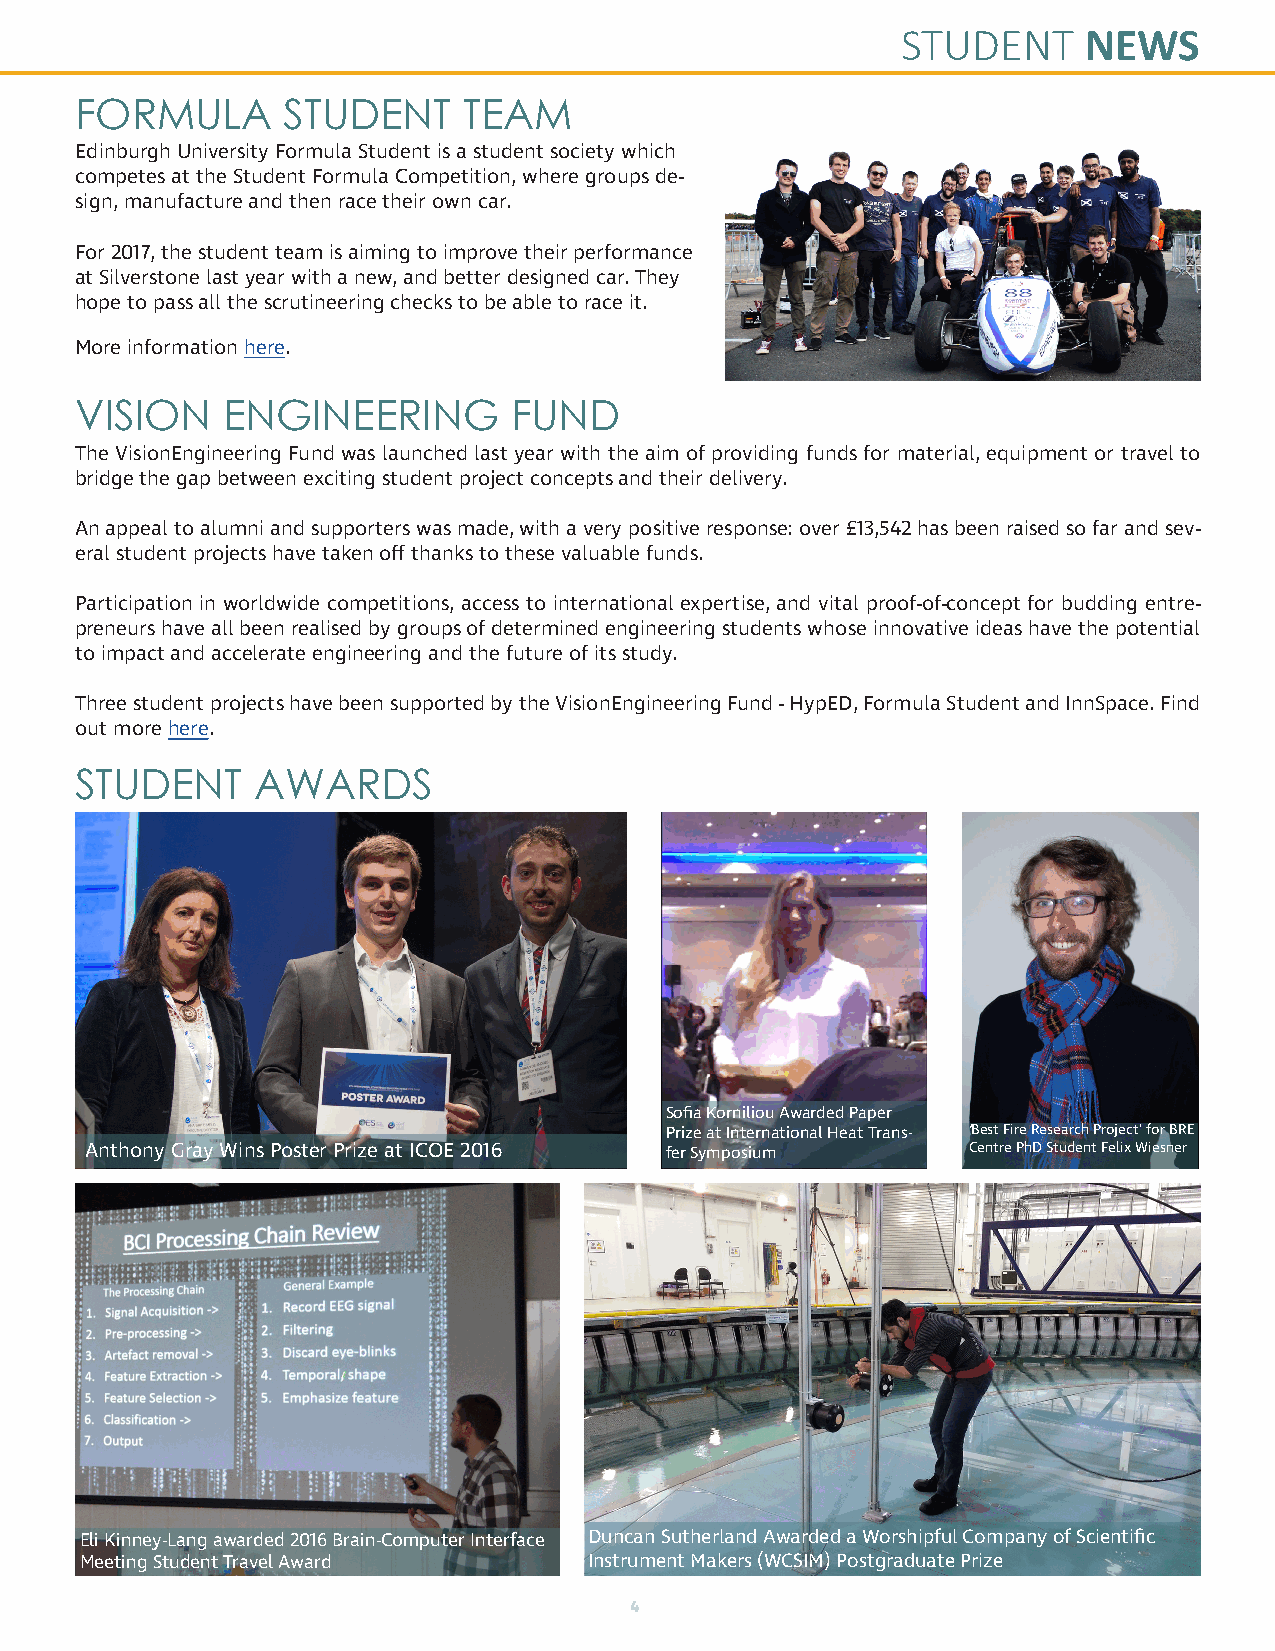
STUDENT     NEWS
 FORMULA       STUDENT     TEAM
 Edinburgh University Formula Student is a student society which
 competes at the Student Formula Competition, where groups de-
 sign, manufacture and then race their own car.
 For 2017, the student team is aiming to improve their performance
 at Silverstone last year with a new, and better designed car. They
 hope to pass all the scrutineering checks to be able to race it.
 More information here.
 VISION    ENGINEERING        FUND
 The VisionEngineering Fund was launched last year with the aim of providing funds for material, equipment or travel to
 bridge the gap between exciting student project concepts and their delivery.
 An appeal to alumni and supporters was made, with a very positive response: over £13,542 has been raised so far and sev-
 eral student projects have taken off thanks to these valuable funds.
 Participation in worldwide competitions, access to international expertise, and vital proof-of-concept for budding entre-
 preneurs have all been realised by groups of determined engineering students whose innovative ideas have the potential
 to impact and accelerate engineering and the future of its study.
 Three student projects have been supported by the VisionEngineering Fund - HypED, Formula Student and InnSpace. Find
 out more here.
 STUDENT     AWARDS
 Sofia Korniliou Awarded Paper
 Prize at International Heat Trans- ‘Best Fire Research Project’ for BRE
 Anthony Gray Wins Poster Prize at ICOE 2016 fer Symposium Centre PhD Student Felix Wiesner
 Eli Kinney-Lang awarded 2016 Brain-Computer Interface Duncan Sutherland Awarded a Worshipful Company of Scientific
 Meeting Student Travel Award      Instrument Makers (WCSIM) Postgraduate Prize
 4